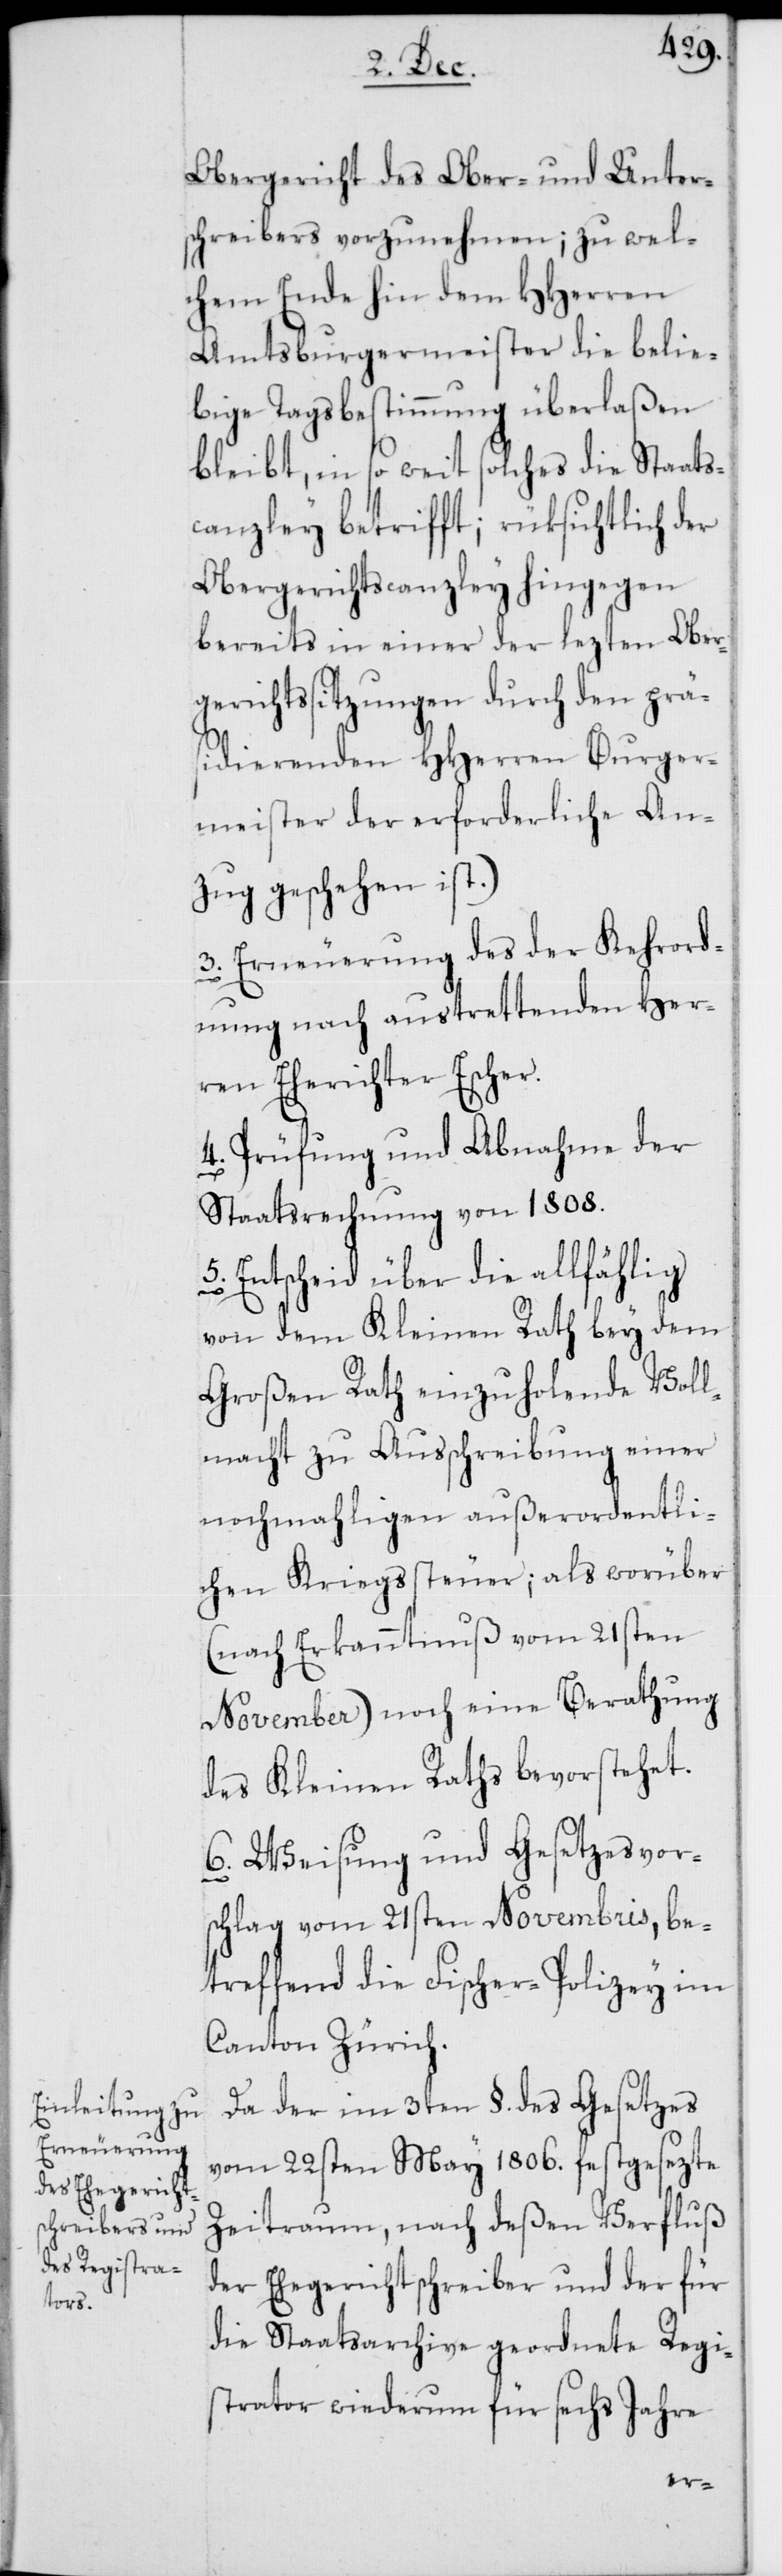
Obergericht des Ober- und Unter¬
schreibers vorzunehmen; zu wel¬
chem Ende hin dem HHerren
Amtsburgermeister die belie¬
bige Tagsbestimmung überlaßen
bleibt, in so weit solches die Staats¬
canzley betrifft; rüksichtlich der
Obergerichtscanzley hingegen
bereits in einer der lezten Ober¬
gerichtssitzungen durch den prä¬
sidierenden HHerren Burger¬
meister der erforderliche An¬
zug geschehen ist.)
3. Erneuerung des der Kehrord¬
nung nach austrettenden Her¬
ren Eherichter Escher.
4. Prüfung und Abnahme der
Staatsrechnung von 1808.
5. Entscheid über die allfählig
von dem Kleinen Rath bey dem
Großen Rath einzuholende Voll¬
macht zu Ausschreibung einer
nochmahligen außerordentli¬
chen Kriegssteuer; als worüber
(nach Erkanntnuß vom 21sten
November) noch eine Berathung
des Kleinen Raths bevorstehet.
6. Weisung und Gesetzesvor¬
schlag vom 21sten Novembris, be¬
treffend die Fischer-Polizey im
Canton Zürich.
Da der im 3ten §. des Gesetzes
vom 22sten May 1806. festgesezte
Zeitraum, nach deßen Verfluß
der Ehegerichtschreiber und der für
die Staatsarchive geordnete Regi¬
strator wiederum für sechs Jahre